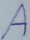
Text: A